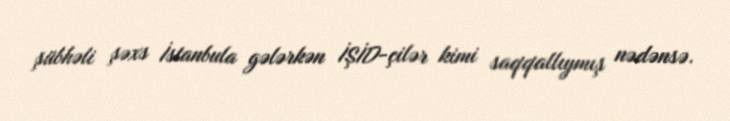
şübhəli şəxs İstanbula gələrkən İŞİD-çilər kimi saqqallıymış nədənsə.